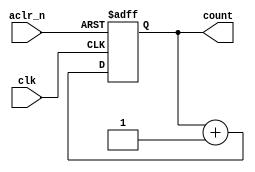
module counter (
  input wire clk,
  input wire aclr_n,
  output reg [1:0] count
);


  always @(posedge clk or negedge aclr_n) begin
    if (!aclr_n)
      count <= 2'b00;
    else
      count <= count + 1;
  end

endmodule